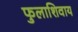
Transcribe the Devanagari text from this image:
फुलाशिवाय